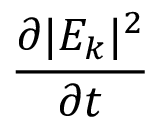
\frac { \partial | E _ { k } | ^ { 2 } } { \partial t }